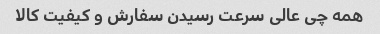
همه چی عالی سرعت رسیدن سفارش و کیفیت کالا